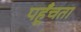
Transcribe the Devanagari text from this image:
पहूँचता